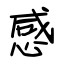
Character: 感